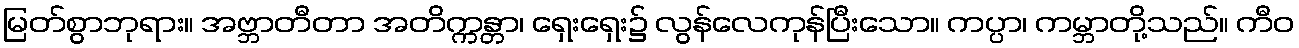
မြတ်စွာဘုရား။ အဗ္ဘာတီတာ အတိက္ကန္တာ၊ ရှေးရှေး၌ လွန်လေကုန်ပြီးသော။ ကပ္ပာ၊ ကမ္ဘာတို့သည်။ ကီဝ